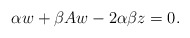
\begin{align*} \alpha w+\beta Aw -2\alpha\beta z = 0. \end{align*}